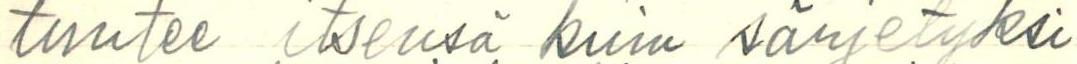
tuntee itsensä kuin särjetyksi